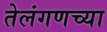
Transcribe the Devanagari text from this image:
तेलंगणच्या